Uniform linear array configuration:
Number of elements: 32
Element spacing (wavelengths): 0.75
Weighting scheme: exponential
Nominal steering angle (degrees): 45
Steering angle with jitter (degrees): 45.779
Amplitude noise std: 0.05
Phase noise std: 0.05

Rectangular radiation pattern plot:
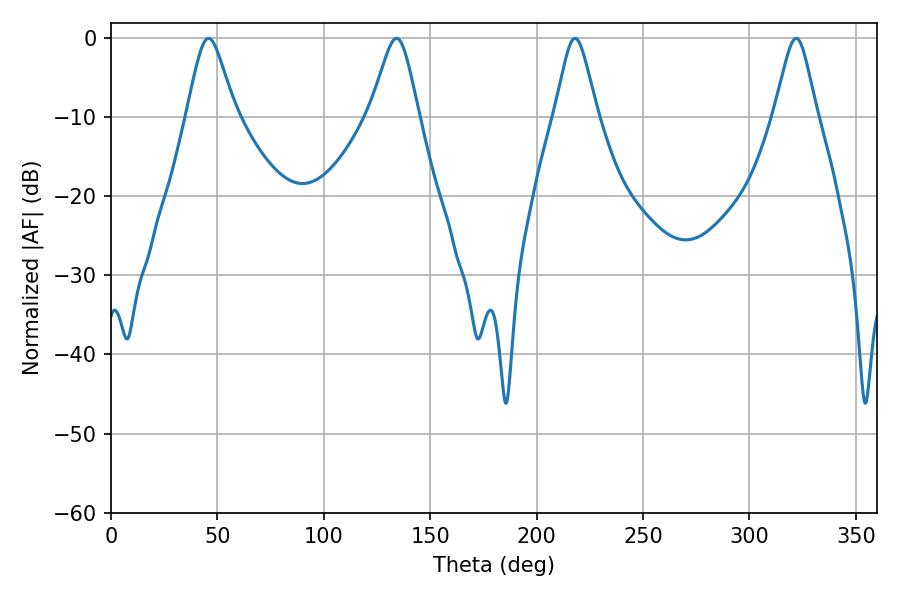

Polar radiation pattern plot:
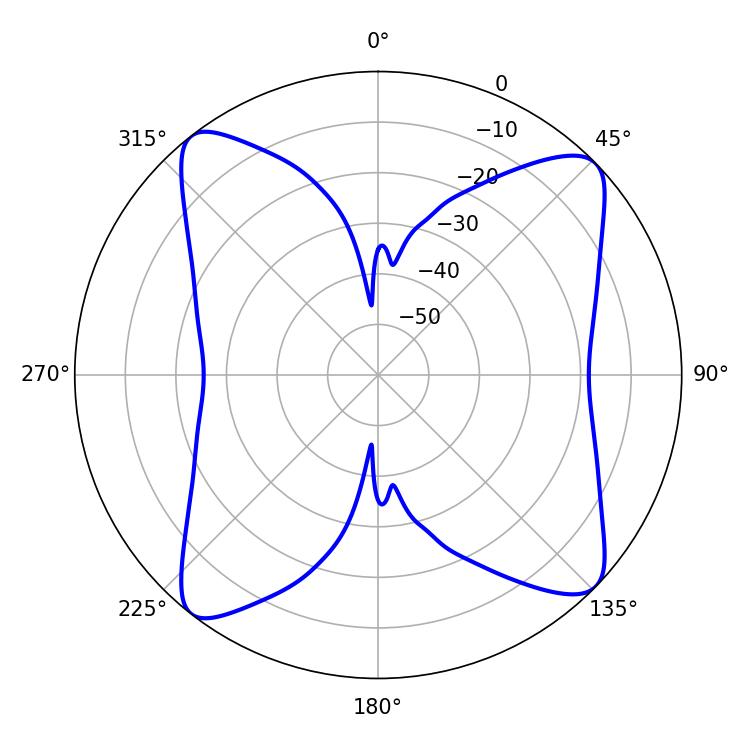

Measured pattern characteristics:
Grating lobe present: TRUE
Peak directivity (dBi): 13.091
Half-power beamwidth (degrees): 9.72
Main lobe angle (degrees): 217.98